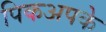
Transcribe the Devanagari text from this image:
पिकअपके